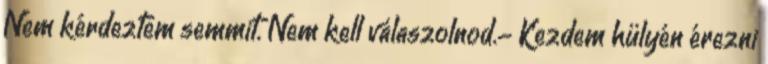
Nem kérdeztem semmit. Nem kell válaszolnod.- Kezdem hülyén érezni